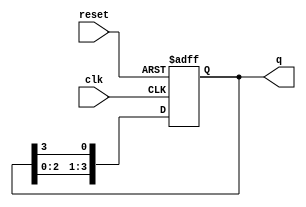
module bistable_ring_counter (
    input wire clk,        // Clock signal
    input wire reset,      // Asynchronous reset signal
    output reg [3:0] q     // 4-bit output
);

    // Initial state
    initial begin
        q = 4'b1000; // Initialize to 1000
    end

    // Always block triggered on the rising edge of the clock or reset
    always @(posedge clk or posedge reset) begin
        if (reset) begin
            q <= 4'b1000; // Reset to initial state
        end else begin
            // Shift the '1' through the ring
            q <= {q[2:0], q[3]}; // Shift left and wrap around
        end
    end

endmodule